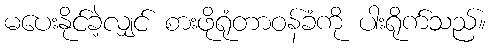
မပေးနိုင်ခဲ့လျှင် စားဖိုရုံတာဝန်ခံကို ပါးရိုက်သည်။